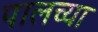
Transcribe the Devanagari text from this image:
पालच्या